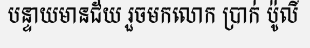
បន្ទាយមានជ័យ រួចមកលោក ប្រាក់ ប៉ូលី